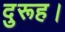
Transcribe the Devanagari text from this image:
दुरूह।